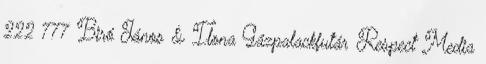
222 777 Biró János & Ilona Gázpalackfutár Respect Media